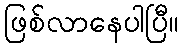
ဖြစ်လာနေပါပြီ။